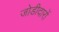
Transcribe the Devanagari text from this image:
जोडीदारों